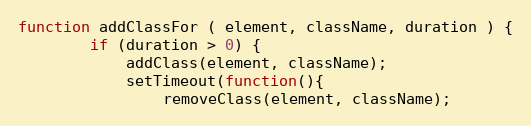
Language: JavaScript
function addClassFor ( element, className, duration ) {
        if (duration > 0) {
            addClass(element, className);
            setTimeout(function(){
                removeClass(element, className);